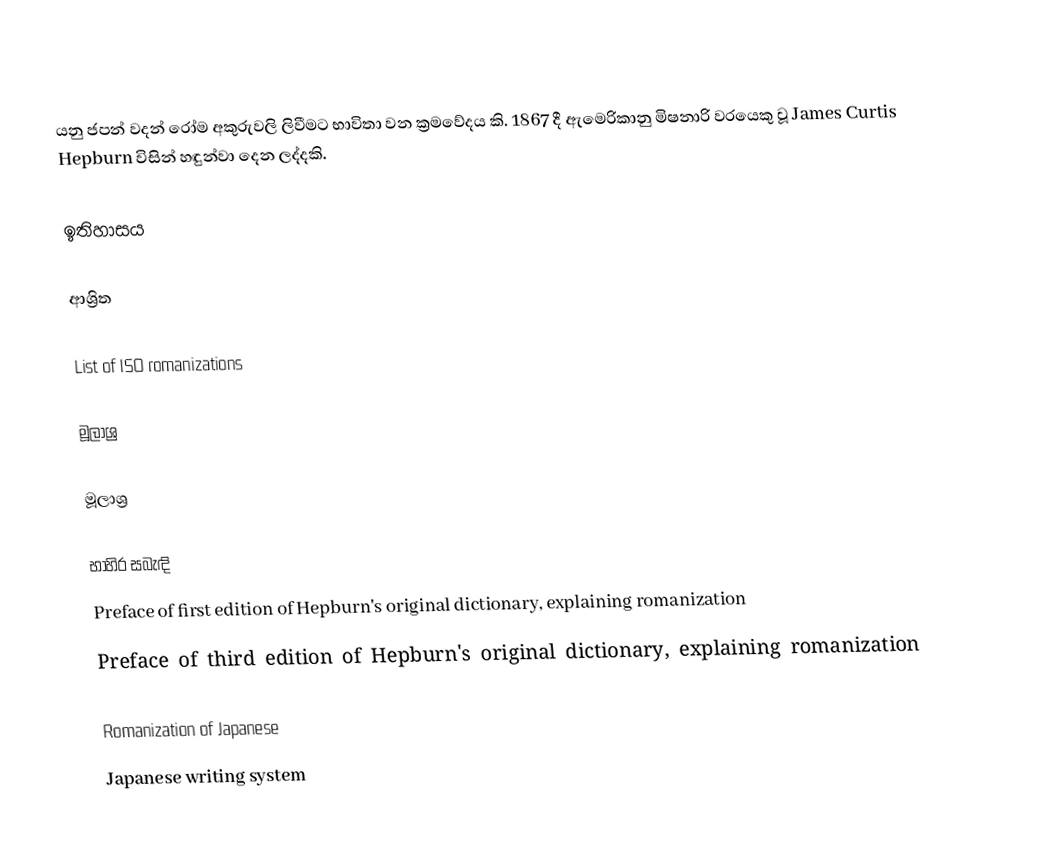
යනු ජපන් වදන් රෝම අකුරුවලි ලිවීමට භාවිතා වන ක්‍රමවේදය කි. 1867 දී ඇමෙරිකානු මිෂනාරි වරයෙකු වූ James Curtis Hepburn විසින් හඳුන්වා දෙන ලද්දකි.

ඉතිහාසය

ආශ්‍රිත

 List of ISO romanizations

මූලාශ්‍ර

මූලාශ්‍ර

භාහිර සබැඳි
Preface of first edition of Hepburn's original dictionary, explaining romanization
Preface of third edition of Hepburn's original dictionary, explaining romanization

Romanization of Japanese
Japanese writing system